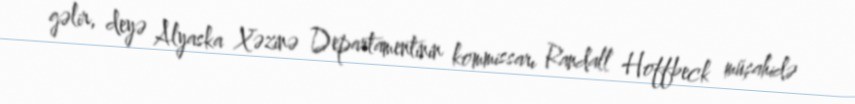
gəlir, deyə Alyaska Xəzinə Departamentinin kommissarı Randall Hoffbeck müşahidə